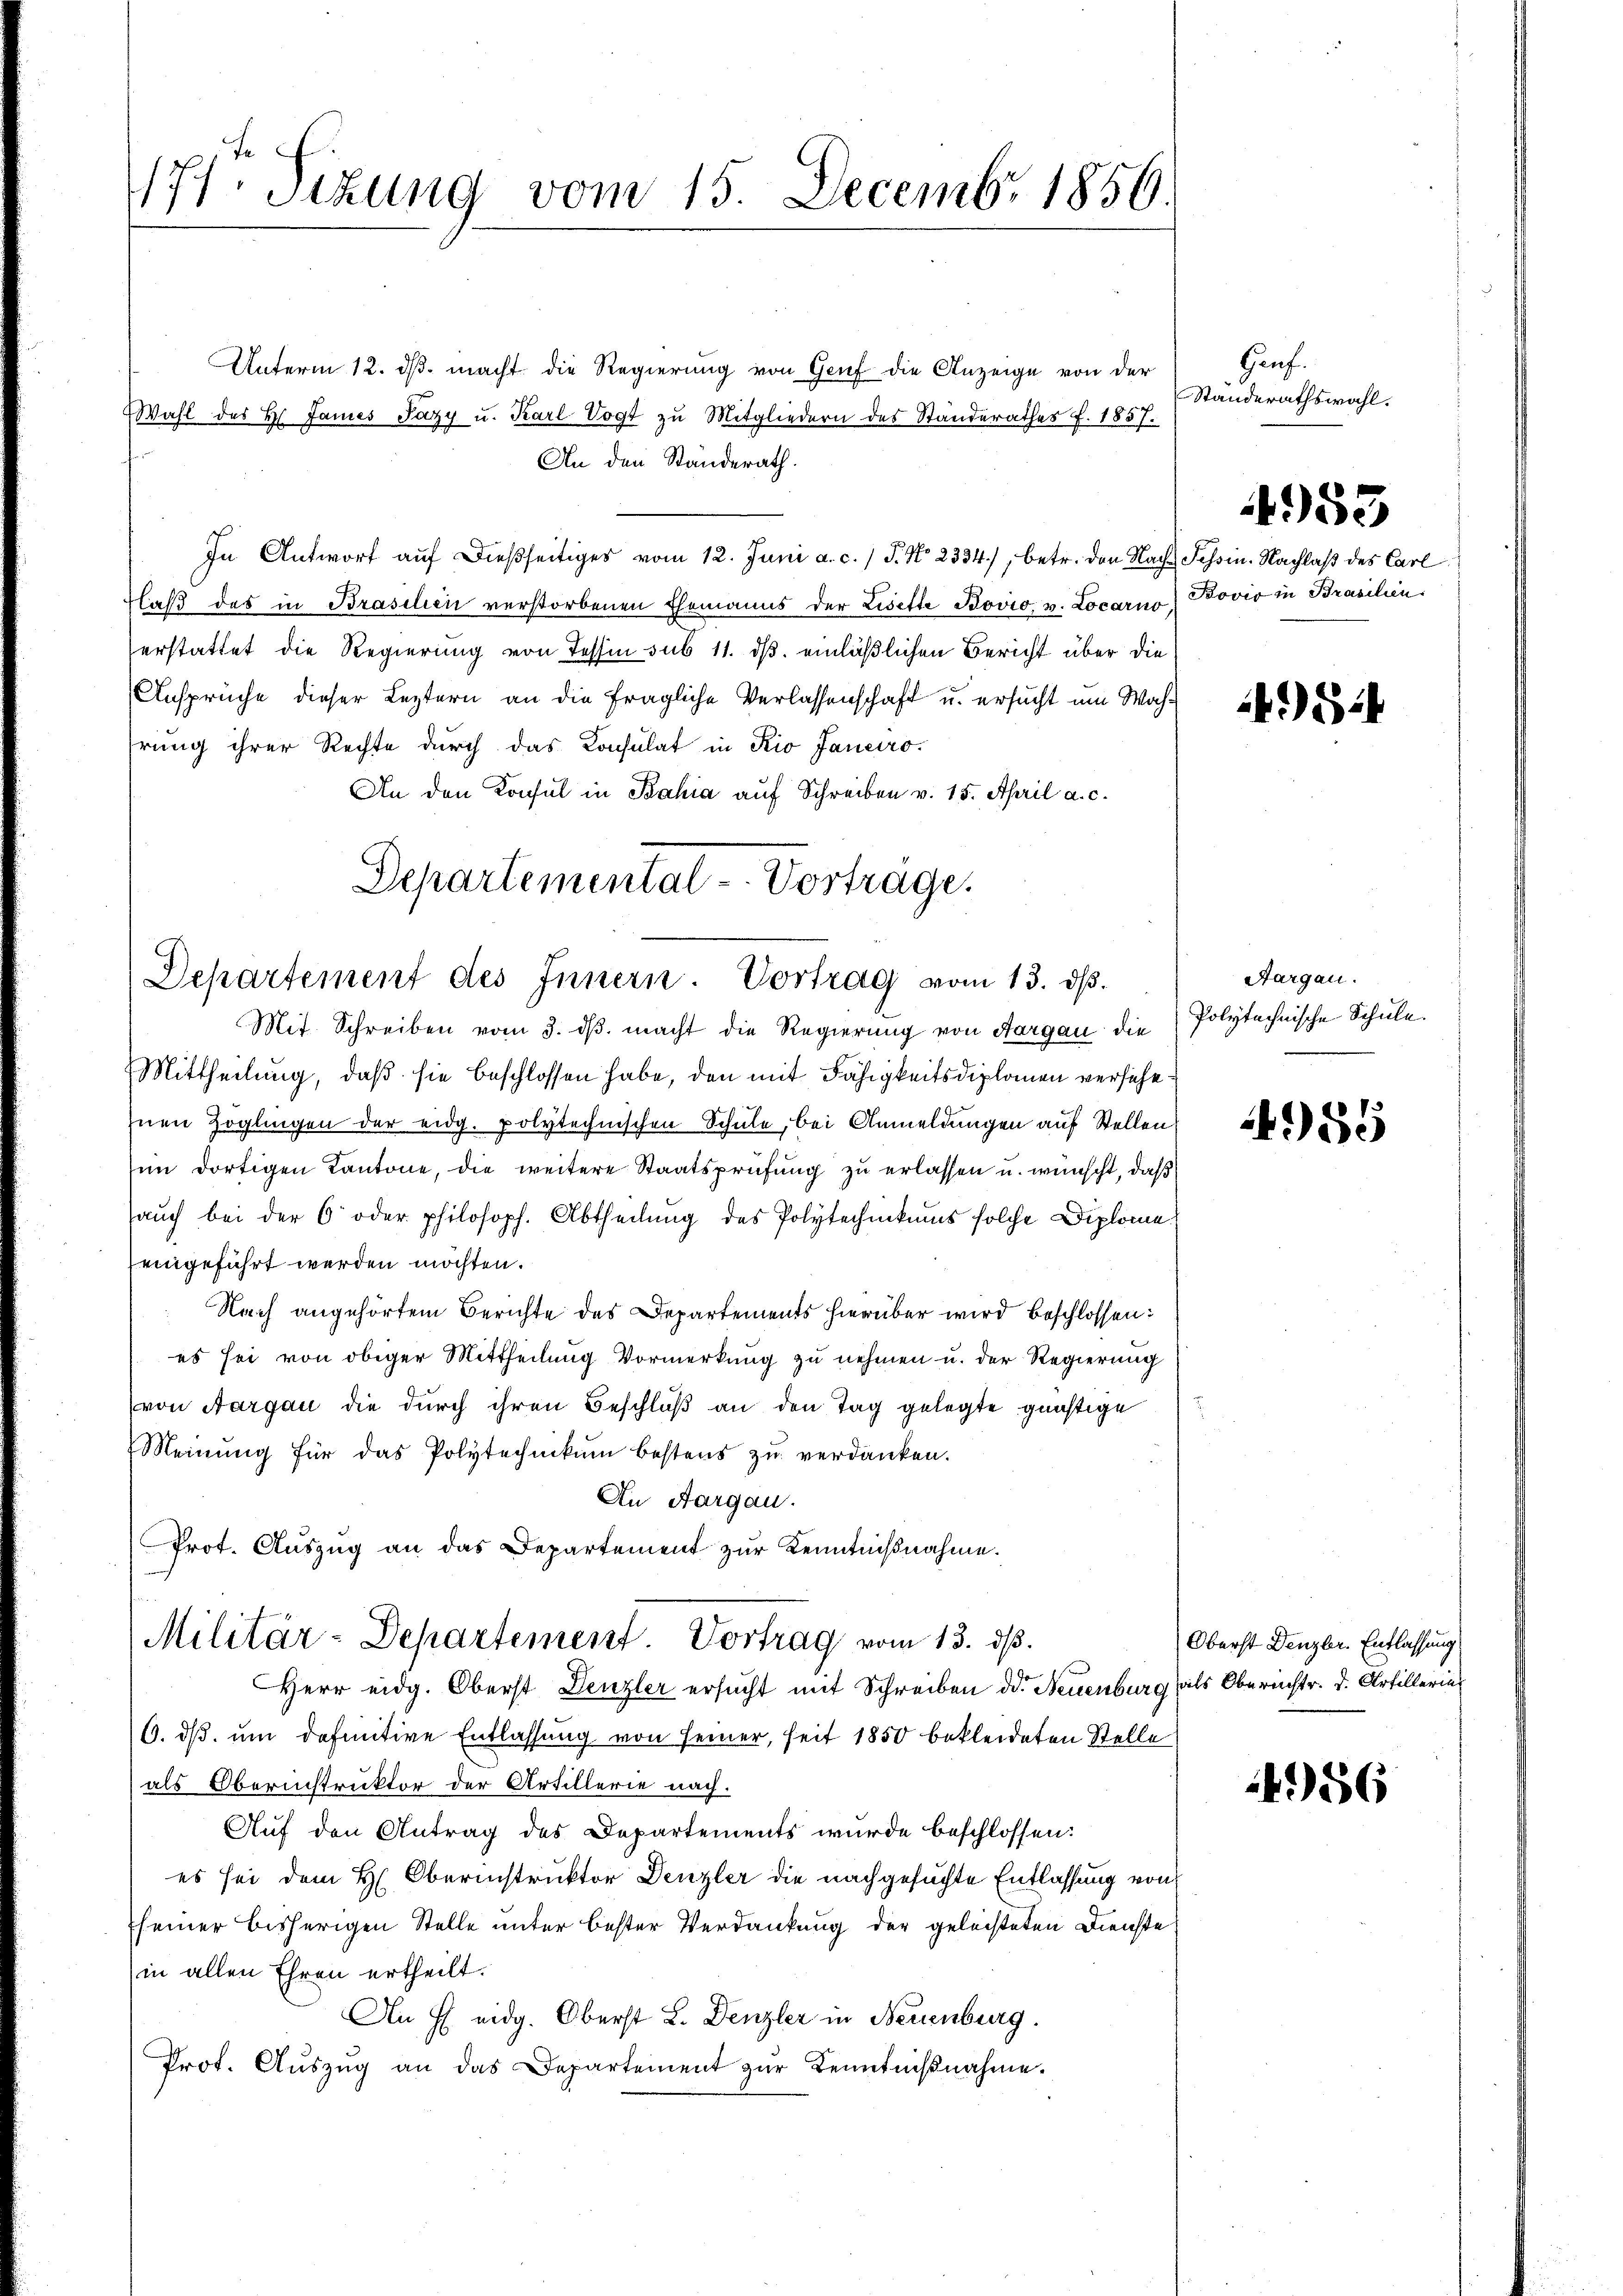
177. Sizung vom 15. Decembr 1856.

Unterm 12. ds. macht die Regierung von Genf die Anzeige von der
Wahl des Hs. James Pazy u. Karl Vogt zu Mitgliedern des Standerathes f. 1857.
An den Standerath.
In Antwort aŭf dießseitiges vom 12. Juni a. c. 1 P. No. 2334), betr. den Nach Schein. Nachlaß des Carl
laβ des in Brasilien verstorbenen Ehemanns der Lisette Bovio, v. Locarno Bovio in Brasilien
erstattet die Regierung von Tessin sub 11. ds. einläßlichen Bericht über die
Ansprüche dieser Leztern an die fragliche Verlassenschaft u. ersucht um Wahhrung ihrer Rechte durch das Konsulat in Rio Janeiro
An den Konsul in Bahia auf Schreiben v. 15. April a. c.
Mit Schreiben vom 3. dβ. macht die Regierung von Aargau die
Mittheilung, daß sie beschlossen habe, den mit Fähigkeitsdiplomen versiche
Inen Zöglingen der eidg. polytechnischen Schule, bei Anmeldungen auf Stellen
im dortigen Kantone, die weitere Staatsprüfung zu erlassen u. wünscht, daß
auch bei der 6 oder philosoph. Abtheilung des Polytechnikums solche Diplome
eingeführt werden möchten.
Nach angehörtem Berichte des Departements hierüber wird beschlossen:
es sei von obiger Mittheilung Vormerkung zu nehmen u. der Regierung
(von Aargau die durch ihren Beschluß an den Tag gelegte günstige
Meinung für das Polytechnikum bestens zu verdanken.
An Aargau.
Prot. Auszug an das Departement zur Kenntnißnahme.
Militär-Departement. Vortrag vom 13. ds.
Herr eidg. Oberst Denzler ersucht mit Schreiben dd. Neuenburg als Oberichtr. d. Artillerin
6. ds. um definitive Entlassung von seiner, seit 1850 bekleideten Stelle
als Oberinstruktor der Artillerie nach.
Auf den Antrag des Departements wurde beschlossen:
es sei dem H. Oberinstruktor Denzler die nachgesuchte Entlassung von
seiner bisherigen Stelle unter bester Verdankung der geleisteten Dienste
in allen Ehren ertheilt.
An H eidg. Oberst L. Denzler in Neuenburg.
Prot. Aŭszŭg an das Departement zŭr Kenntniβnahme.

Departemental - Vorträge.
Departement des Innern. Vortrag vom 13. dß.

Gauf.
Ständerathswahl.

4953

524

Aargau.
Polytechnische Schule.

985

Oberst Denzler. Entlassung

4956